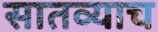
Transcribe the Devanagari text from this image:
सातव्याच